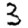
Digit: 3